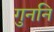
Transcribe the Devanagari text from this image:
गुननि